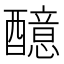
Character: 醷